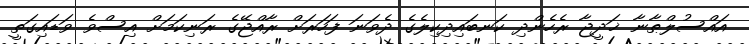
އައްސުލްޠާނާ ޚަދީޖާ ރެހެންދި ކަނބައިދިކިލެގެ ދެވަނަ ފަހަރަށް ރާއްޖޭގެ ރަނިކަމަށް އިސްވެ ވަޑައިގަތީ